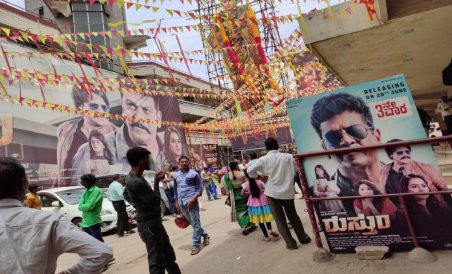
Language: kannada
Transcription: ರುಸ್ತುo